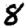
Digit: 8